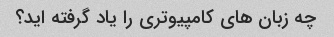
چه زبان های کامپیوتری را یاد گرفته اید؟